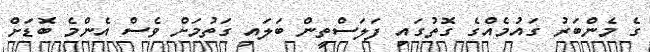
ގެ މެންބަރު ގައުމެއްގެ ގޮތުގައި ފަލަސްތީން ބަލައި ގަތުމަށް ވެސް އެންމެ ބޮޑަށް